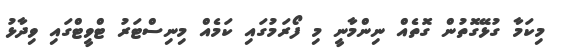
މިކަމާ ގުޅޭގޮތުން ގޮތެއް ނިންމާނީ މި ފޯރަމުގައި ކަމެއް މިނިސްޓަރު ޓްވީޓްގައި ވިދާޅު